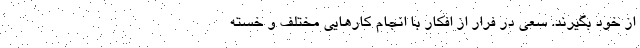
از خود بگیرند. سعی در فرار از افکار با انجام کارهایی مختلف و خسته